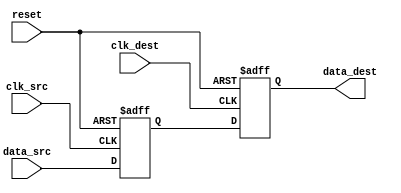
module pulsed_synchronizer #(
    parameter WIDTH = 1 // Width of the data signal
)(
    input wire clk_src,          // Clock signal from the source domain
    input wire clk_dest,         // Clock signal from the destination domain
    input wire [WIDTH-1:0] data_src, // Data signal from the source domain
    output reg [WIDTH-1:0] data_dest, // Synchronized data signal aligned with the destination clock
    input wire reset             // Asynchronous reset signal
);

    // Intermediate signals for synchronization
    reg [WIDTH-1:0] sync_ff1; // First flip-flop output
    reg [WIDTH-1:0] sync_ff2; // Second flip-flop output

    // First flip-flop: Capture data from source clock domain
    always @(posedge clk_src or posedge reset) begin
        if (reset) begin
            sync_ff1 <= {WIDTH{1'b0}}; // Reset the first flip-flop
        end else begin
            sync_ff1 <= data_src; // Capture the source data
        end
    end

    // Second flip-flop: Capture synchronized data on destination clock
    always @(posedge clk_dest or posedge reset) begin
        if (reset) begin
            data_dest <= {WIDTH{1'b0}}; // Reset the output data
        end else begin
            data_dest <= sync_ff1; // Synchronize the data to destination clock
        end
    end

endmodule